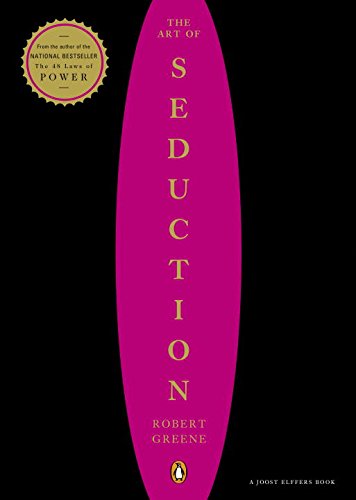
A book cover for The Art of Seduction; Robert Greene; Medical Books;